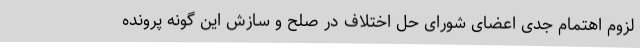
لزوم اهتمام جدی اعضای شورای حل اختلاف در صلح و سازش این گونه پرونده